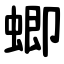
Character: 蝍